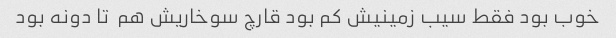
خوب بود فقط سیب زمینیش کم بود قارچ سوخاریش هم  تا دونه بود